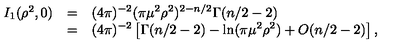
\begin{array} { r c l } { I _ { 1 } ( \rho ^ { 2 } , 0 ) } & { = } & { \displaystyle ( 4 \pi ) ^ { - 2 } ( \pi \mu ^ { 2 } \rho ^ { 2 } ) ^ { 2 - n / 2 } \Gamma ( n / 2 - 2 ) } \\ { } & { = } & { \displaystyle ( 4 \pi ) ^ { - 2 } \left[ \Gamma ( n / 2 - 2 ) - \ln ( \pi \mu ^ { 2 } \rho ^ { 2 } ) + O ( n / 2 - 2 ) \right] , } \\ \end{array}